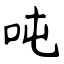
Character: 吨